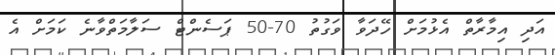
އަދި އިމާރާތް އެޅުމަށް ހޭދަވާ ވަގުތު 70-50 ޕަސެންޓް ސަލާމަތްވާނެ ކަމަށް އެ